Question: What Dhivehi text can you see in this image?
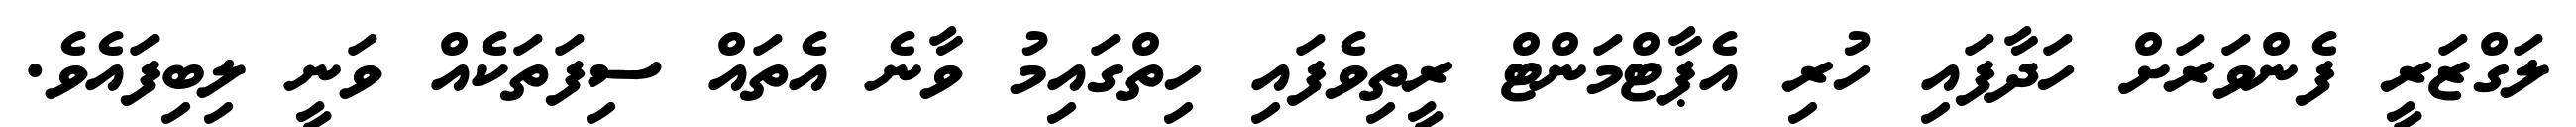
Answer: ލަގްޒަރީ ފެންވަރަށް ހަދާފައި ހުރި އެޕާޓްމަންޓް ރީތިވެފައި ހިތްގައިމު ވާނެ އެތައް ސިފަތަކެއް ވަނީ ލިބިފައެވެ.